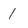
Character: 1